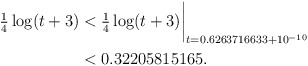
\begin{align*}\tfrac14\log(t+3) & < \tfrac14\log(t+3)\biggr\rvert_{t=0.6263716633 + 10^{-10}} \\& < 0.32205815165 . \end{align*}